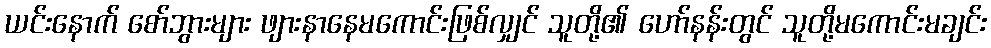
ယင်းနောက် စော်ဘွားများ ဖျားနာနေမကောင်းဖြစ်လျှင် သူတို့၏ ဟော်နန်းတွင် သူတို့မကောင်းမချင်း